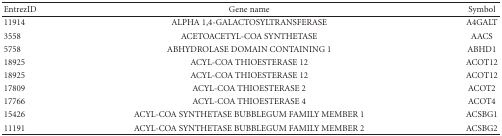
| EntrezID | Gene name | Symbol |
 | --- | --- | --- |
 | 11914 | ALPHA 1,4-GALACTOSYLTRANSFERASE | A4GALT |
 | 3558 | ACETOACETYL-COA SYNTHETASE | AACS |
 | 5758 | ABHYDROLASE DOMAIN CONTAINING 1 | ABHD1 |
 | 18925 | ACYL-COA THIOESTERASE 12 | ACOT12 |
 | 18925 | ACYL-COA THIOESTERASE 12 | ACOT12 |
 | 17809 | ACYL-COA THIOESTERASE 2 | ACOT2 |
 | 17766 | ACYL-COA THIOESTERASE 4 | ACOT4 |
 | 15426 | ACYL-COA SYNTHETASE BUBBLEGUM FAMILY MEMBER 1 | ACSBG1 |
 | 11191 | ACYL-COA SYNTHETASE BUBBLEGUM FAMILY MEMBER 2 | ACSBG2 |